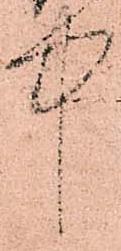
中